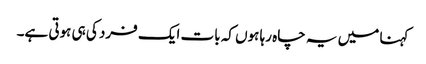
کہنا میں یہ چاہ رہا ہوں کہ بات ایک فرد کی ہی ہوتی ہے۔